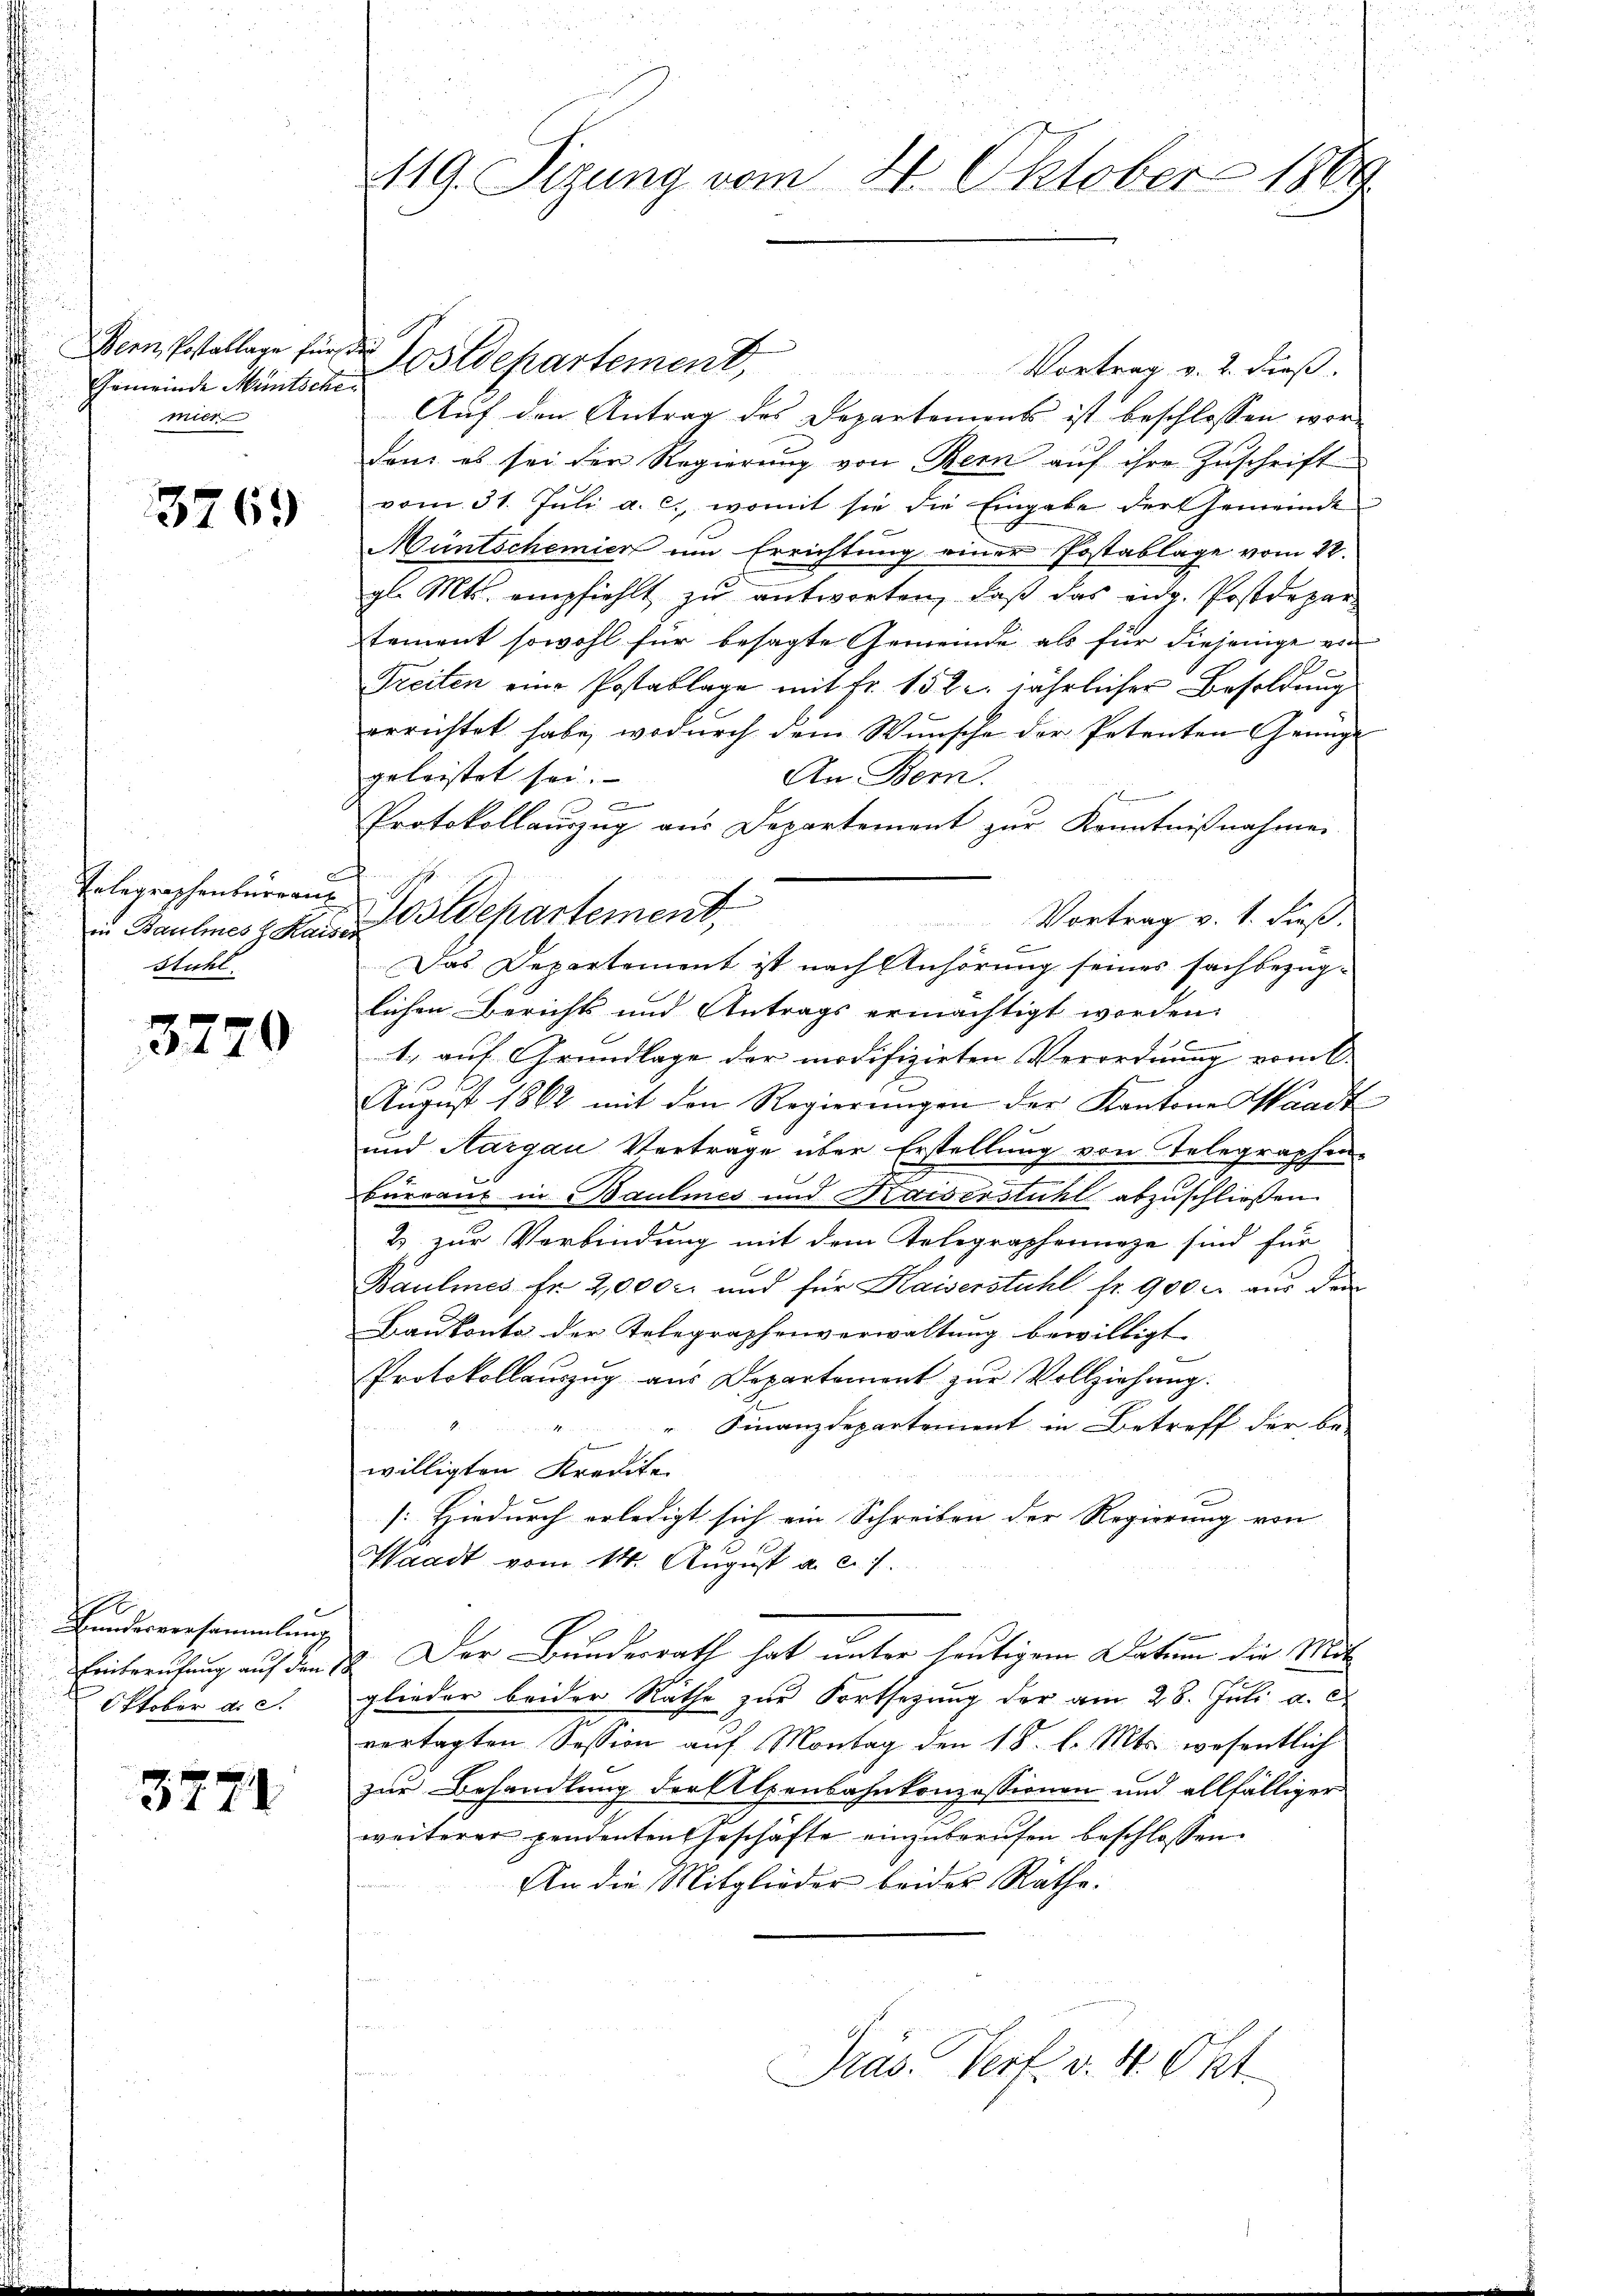
Bern, Postallage für der
Gemeinde Muntsche
mier

3769

in Baumes h. Kaiser
Stühl

3770

0
Bundesversammlung
Oktober d. S.

3771

Postdepartement,
Vortrag v. 2. dieß.
Auf den Antrag des Departements ist beschlossen wordan es sei der Regierŭng von Bern aŭf ihre Zŭschrift
vom 31. Jŭli a. c., womit sie die Eingabe der Gemeinde
Müntschemier um Errichtung einer Postablage vom 22.
gl. Mts. empfiehlt zu antworten, daß das eidg. Postdepar
tement sowohl für besagte Gemeinde als für diejenige ein
2
Treiten eine Postablage mit fr. 152. jährlicher Besoldung
errichtet habe, wodurch dem Wunsche der Petenten Genüge
geleistet sei.
An Bern.
Protokollauszug aus Departement zur Kenntnißnahmen
Telegraphenburgen Geschartement,
Vortrag v. 1. dieß.
Das Departement ist nach Anhörung seines sachbezüg-
lichen Berichts und Antrags ermächtigt worden.

1., auf Grundlage der modifizirten Verordnung vork
Aŭgŭst 1862 mit den Regierŭngen der Kantone staadt
und Aargau Vertrage über Erstellung von Telegraphen-
büreaus in Baulines und Kaiserstuhl abzuschließen.
2 zur Verbindung mit dem Telegrapheninge sind für
Baulines fr. 2,000. und für Kaiserstuhl fr. 900. aus dem
Baukonto der Telegraphenverwaltung bewilligt.
Protokollaŭszŭg aŭs Departement zŭr Vollziehung.
Finanzdepartement in Betreff der be-
willigten Kredite
[Hiedurch erledigt sich ein Schreiben der Regierung von |
Waadt vom 14. August a. c. s.
Eintreutung auf den 12. Der Bundesrath hat unter heutigem Datum die Mitglieder beider Räthe zur Fortsetzung der am 28. Juli a. c.
vertagten Session auf Montag den 18. l. Mts. wesentlich
zur Behandlung der Alpenbahnkonzessionen und allfälliger
weiterer pendenten Geschäfte einzŭberŭfen beschlossen.
An die Mitglieder beider Räthe:
Präs. Verk. v. 4. Okt.

3
119. Sizung vom 8. Oktober 1869